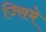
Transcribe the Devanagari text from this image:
ज्सिमे